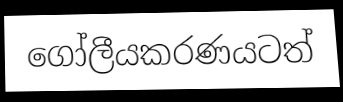
ගෝලීයකරණයටත්